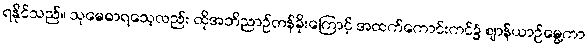
ရနိုင်သည်။ သုမေဓာရသေ့လည်း ထိုအဘိညာဉ်တန်ခိုးကြောင့် အထက်ကောင်းကင်၌ ဈာန်ယာဉ်မွေ့ကာ